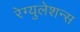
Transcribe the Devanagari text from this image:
रेग्युलेशन्स